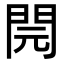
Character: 䦎